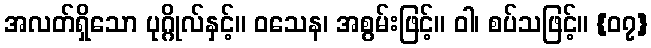
အလတ်ရှိသော ပုဂ္ဂိုလ်နှင့်။ ဝသေန၊ အစွမ်းဖြင့်။ ဝါ၊ စပ်သဖြင့်။ {၀၇}